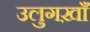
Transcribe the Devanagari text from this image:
उलुगख़ाँ